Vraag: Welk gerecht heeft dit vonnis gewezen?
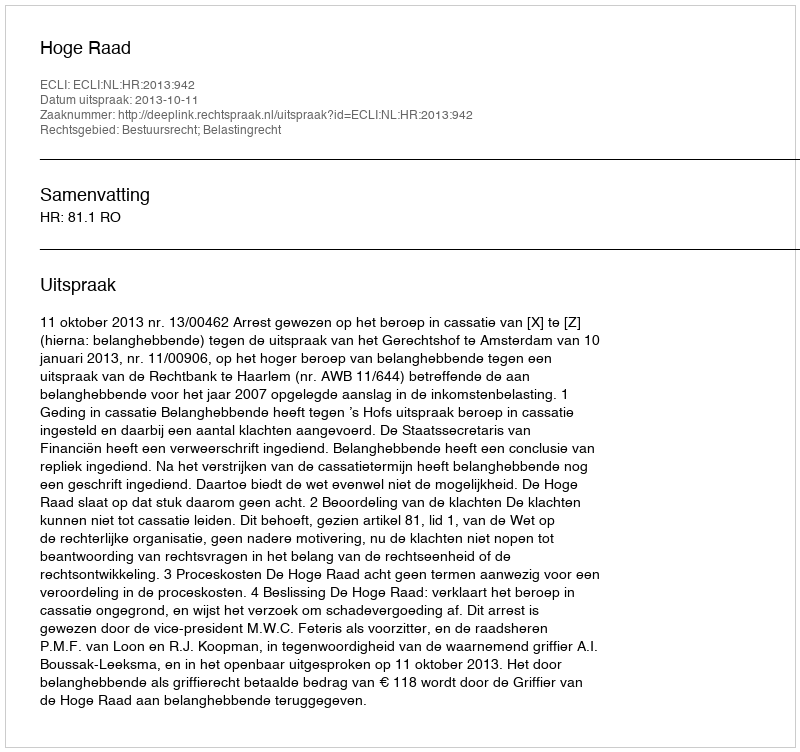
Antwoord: Hoge Raad